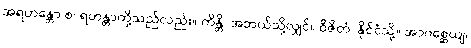
အရဟန္တော စ၊ ရဟန္တာတို့သည်လည်း။ ကိန္တိ၊ အဘယ်သို့လျှင်။ ဝိဇိတံ၊ နိုင်ငံသို့။ အာဂစ္ဆေယျ၊